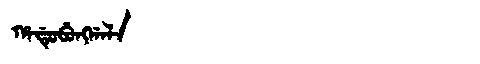
Manchu: ᡥᠠᡩᡠᠪᡠᠩᡤᠠᠯᠠ
Romanization: HADUBUNGGALA